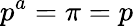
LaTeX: p^{a}=\pi=p